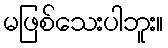
မဖြစ်သေးပါဘူး။